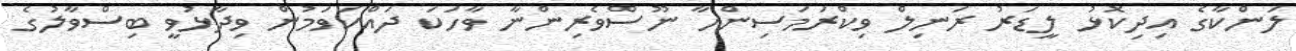
ލަންކާގެ އިދިކޮޅު ލީޑަރު ރަނިލް ވިކްރަމަސިންހާ ނޫސްވެރިންނާ ވާހަކަ ދައްކަވަމުން ވިދާޅުވީ ބިސްވާލުގެ